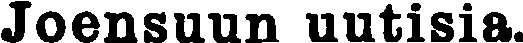
Joensuun uutisia.